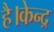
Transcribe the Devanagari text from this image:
है।केन्द्र